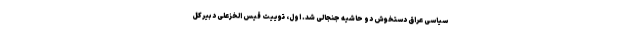
سیاسی عراق دستخوش دو حاشیه جنجالی شد. اول، توییت قیس الخزعلی‌ دبیرکل